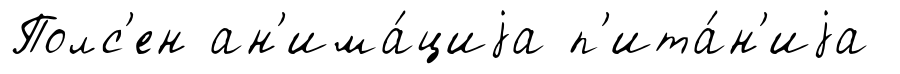
Полс'ен ан'има́циjа п'ита́н'иjа